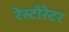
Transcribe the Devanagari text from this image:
रेस्टोरेटर